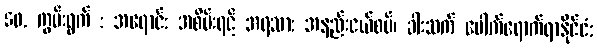
50. ကွမ်းရွက် : အရောင်: အစိမ်းရင့် အရသာ: အနည်းငယ်စပ်၊ ခါးသက် ပေါက်ရောက်ရာနိုင်ငံ: